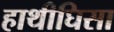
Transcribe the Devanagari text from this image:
हाथीघिसा